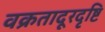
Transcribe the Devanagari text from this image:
वक्रतादूरदृष्टि